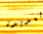
العديدة